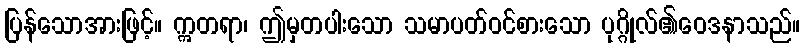
ပြန်သောအားဖြင့်။ ဣတရာ၊ ဤမှတပါးသော သမာပတ်ဝင်စားသော ပုဂ္ဂိုလ်၏ဝေဒနာသည်။